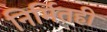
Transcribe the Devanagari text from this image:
निर्मितही